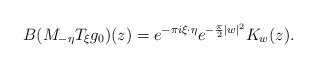
LaTeX: \begin{align*}B(M_{-\eta} T_\xi g_0)(z) = e^{-\pi i \xi \cdot \eta} e^{-\frac{\pi}{2}|w|^2} K_w(z).\end{align*}